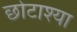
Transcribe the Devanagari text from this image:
छोटाश्या